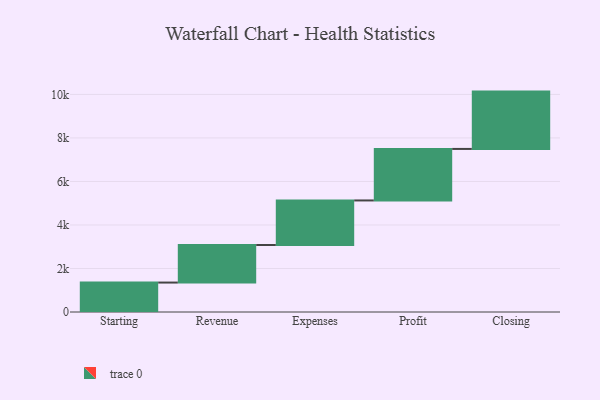
{"axis": {"x": "Step", "y": "Value"}, "legend": [""], "data": [{"x": "Starting", "y": 1353.0, "type": ""}, {"x": "Revenue", "y": 1726.0, "type": ""}, {"x": "Expenses", "y": 2048.0, "type": ""}, {"x": "Profit", "y": 2368.0, "type": ""}, {"x": "Closing", "y": 2635.0, "type": ""}]}